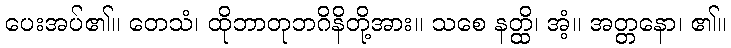
ပေးအပ်၏။ တေသံ၊ ထိုဘာတုဘဂိနိတို့အား။ သစေ နတ္ထိ၊ အံ့။ အတ္တနော၊ ၏။